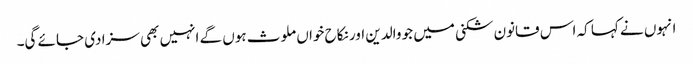
انہوں نے کہا کہ اس قانون شکنی میں جو والدین اور نکاح خواں ملوث ہوں گے انہیں بھی سزا دی جائے گی۔